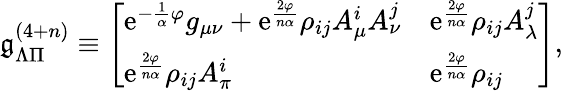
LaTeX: \mathfrak{g}_{\Lambda\Pi}^{(4+n)}\equiv\left[\begin{array}{ll}{{\mathrm{e}^{-{\frac{1}{\alpha}}\varphi}g_{\mu\nu}+\mathrm{e}^{\frac{2\varphi}{n\alpha}}\rho_{ij}A_{\mu}^{i}A_{\nu}^{j}}}&{{\mathrm{e}^{\frac{2\varphi}{n\alpha}}\rho_{ij}A_{\lambda}^{j}}}\\ {{\mathrm{e}^{\frac{2\varphi}{n\alpha}}\rho_{ij}A_{\pi}^{i}}}&{{\mathrm{e}^{\frac{2\varphi}{n\alpha}}\rho_{ij}}}\end{array}\right],